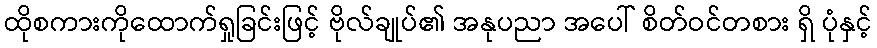
ထိုစကားကိုထောက်ရှုခြင်းဖြင့် ဗိုလ်ချုပ်၏ အနုပညာ အပေါ် စိတ်ဝင်တစား ရှိ ပုံနှင့်